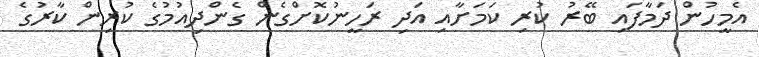
އެމީހުން ދަމާފައި ބޭރު ކުރި ކަމަށާއި އަދި ރަހީނުކޮށްގެން ގެންދިއުމުގެ ކުރިން ކާރުގެ